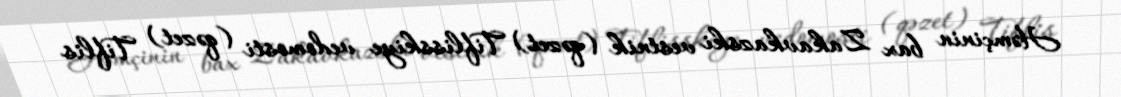
Həmçinin bax Zakavkazski vestnik (qəzet) Tiflisskiye vedomosti (qəzet) Tiflis